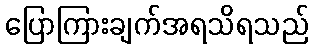
ပြောကြားချက်အရသိရသည်